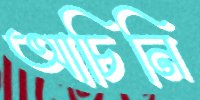
আচিনি